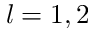
l = 1 , 2